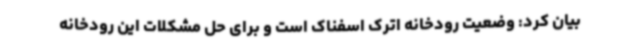
بیان کرد: وضعیت رودخانه اترک اسفناک است و برای حل مشکلات این رودخانه